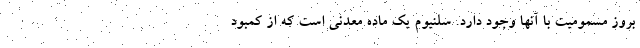
بروز مسمومیت با آنها وجود دارد. سلنیوم یک ماده معدنی است که از کمبود